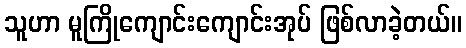
သူဟာ မူကြိုကျောင်းကျောင်းအုပ် ဖြစ်လာခဲ့တယ်။